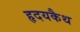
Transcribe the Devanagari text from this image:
हृदयकैथ